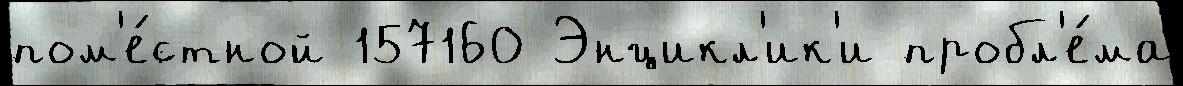
пом'е́стной 157160 Энцикл'ик'и пробл'е́ма